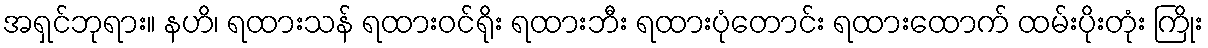
အရှင်ဘုရား။ နဟိ၊ ရထားသန် ရထားဝင်ရိုး ရထားဘီး ရထားပုံတောင်း ရထားထောက် ထမ်းပိုးတုံး ကြိုး